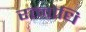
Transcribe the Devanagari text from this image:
रत्नोधि